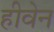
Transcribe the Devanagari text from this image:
हीवेन